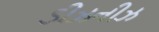
ડીઝનીઝ